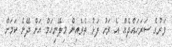
ވަރުގެ ސަރަހައްދެއް އެ ރަށު ފަޅު ތެރެއިން މިލޭނިއަމް އަށް ދޭނެ ކަމަށް